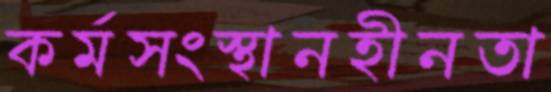
কর্মসংস্থানহীনতা